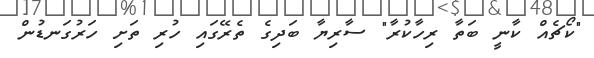
"ކޯޗެއް ކާނީ ބަތާ ރިހާކުރާ" ސާރިޔާ ބަދިގެ ތެރޭގައި ހުރި ތަށި ހަރުގަނޑުން